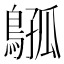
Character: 𫛈